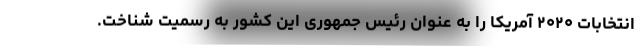
انتخابات ۲۰۲۰ آمریکا را به عنوان رئیس جمهوری این کشور به رسمیت شناخت.